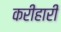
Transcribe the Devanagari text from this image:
करीहारी